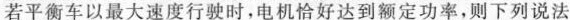
若平衡车以最大速度行驶时，电机恰好达到额定功率，则下列说法